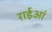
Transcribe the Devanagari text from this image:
राईआं